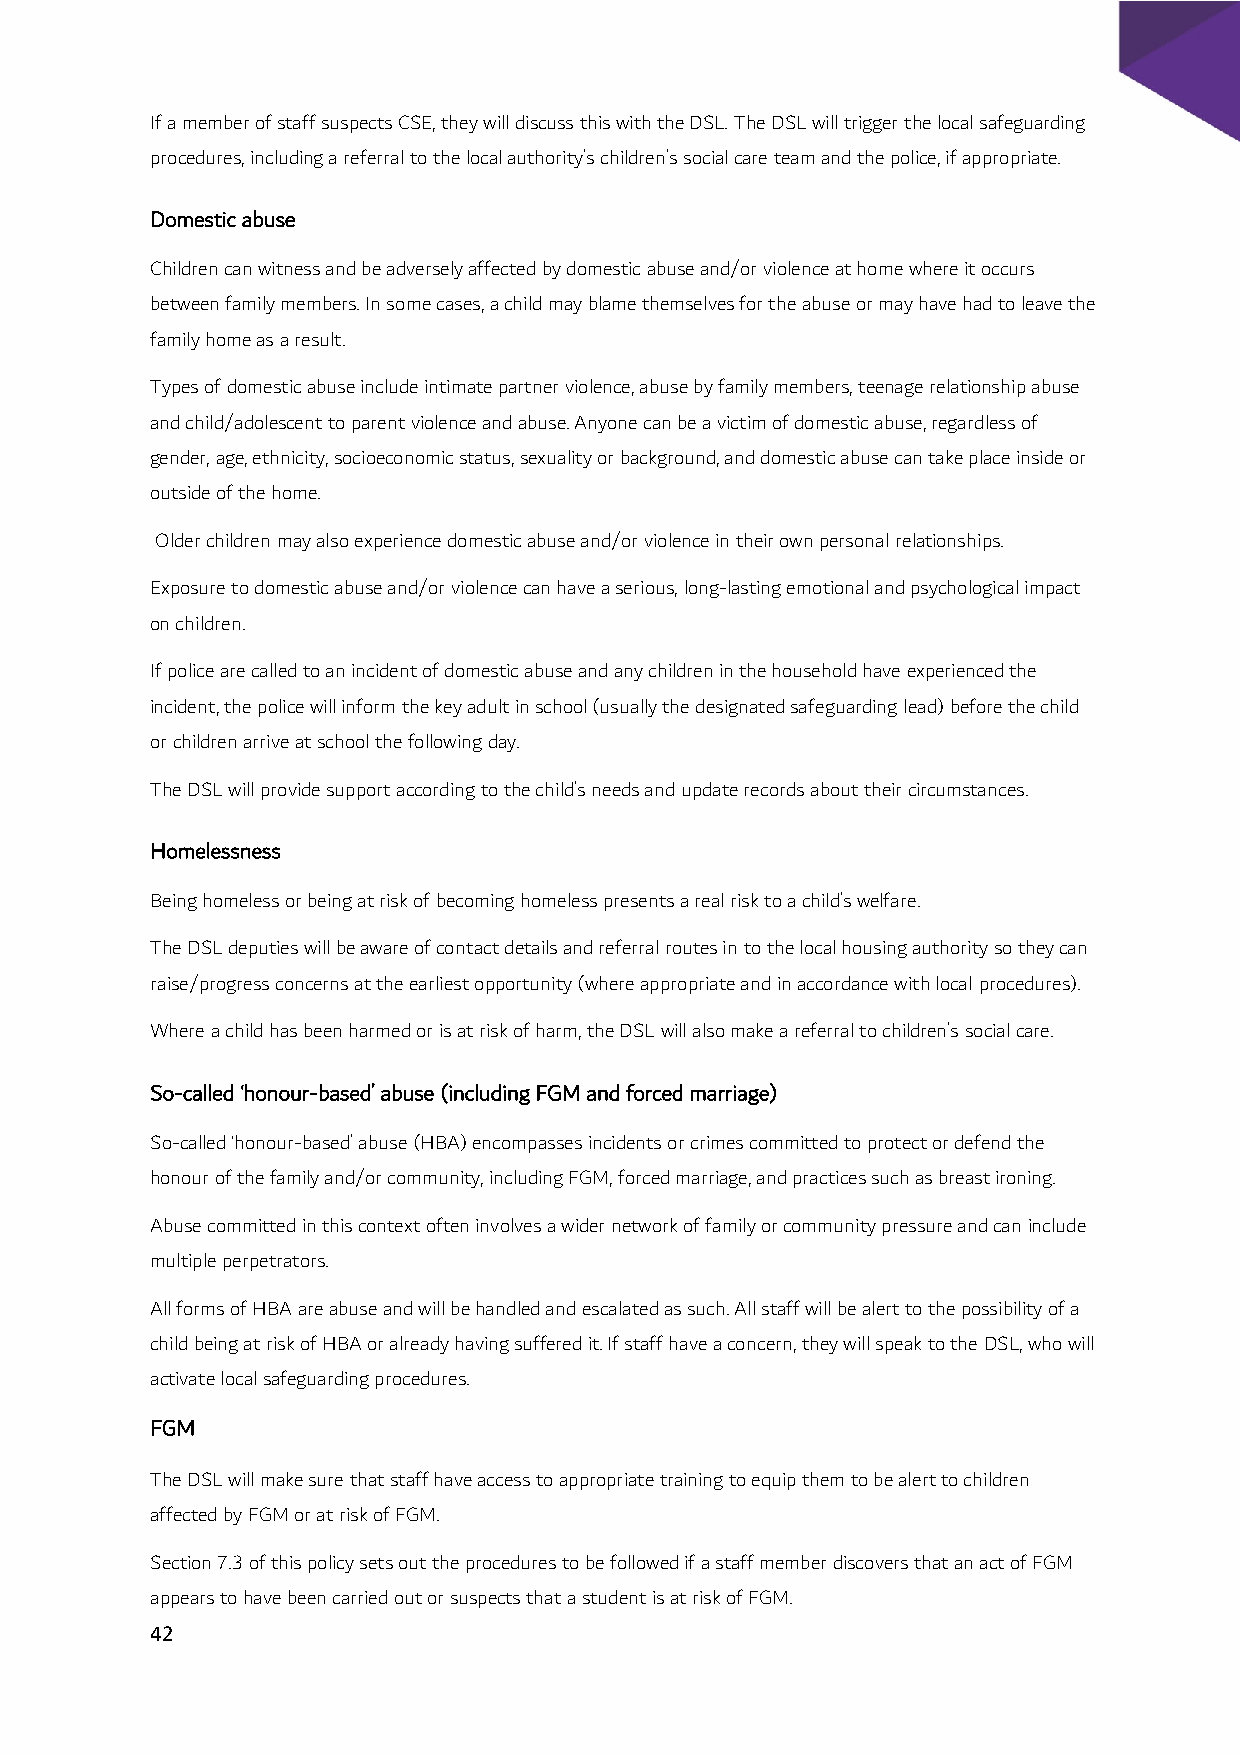
If a member of staff suspects CSE, they will discuss this with the DSL. The DSL will trigger the local safeguarding
 procedures, including a referral to the local authority’s children’s social care team and the police, if appropriate.
 Domestic abuse
 Children can witness and be adversely affected by domestic abuse and/or violence at home where it occurs
 between family members. In some cases, a child may blame themselves for the abuse or may have had to leave the
 family home as a result.
 Types of domestic abuse include intimate partner violence, abuse by family members, teenage relationship abuse
 and child/adolescent to parent violence and abuse. Anyone can be a victim of domestic abuse, regardless of
 gender, age, ethnicity, socioeconomic status, sexuality or background, and domestic abuse can take place inside or
 outside of the home.
 Older children may also experience domestic abuse and/or violence in their own personal relationships.
 Exposure to domestic abuse and/or violence can have a serious, long-lasting emotional and psychological impact
 on children.
 If police are called to an incident of domestic abuse and any children in the household have experienced the
 incident, the police will inform the key adult in school (usually the designated safeguarding lead) before the child
 or children arrive at school the following day.
 The DSL will provide support according to the child’s needs and update records about their circumstances.
 Homelessness
 Being homeless or being at risk of becoming homeless presents a real risk to a child’s welfare.
 The DSL deputies will be aware of contact details and referral routes in to the local housing authority so they can
 raise/progress concerns at the earliest opportunity (where appropriate and in accordance with local procedures).
 Where a child has been harmed or is at risk of harm, the DSL will also make a referral to children’s social care.
 So-called ‘honour-based’ abuse (including FGM and forced marriage)
 So-called ‘honour-based’ abuse (HBA) encompasses incidents or crimes committed to protect or defend the
 honour of the family and/or community, including FGM, forced marriage, and practices such as breast ironing.
 Abuse committed in this context often involves a wider network of family or community pressure and can include
 multiple perpetrators.
 All forms of HBA are abuse and will be handled and escalated as such. All staff will be alert to the possibility of a
 child being at risk of HBA or already having suffered it. If staff have a concern, they will speak to the DSL, who will
 activate local safeguarding procedures.
 FGM
 The DSL will make sure that staff have access to appropriate training to equip them to be alert to children
 affected by FGM or at risk of FGM.
 Section 7.3 of this policy sets out the procedures to be followed if a staff member discovers that an act of FGM
 appears to have been carried out or suspects that a student is at risk of FGM.
 42